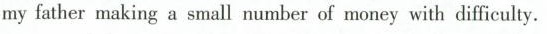
my father making a small mumber of money with diffieulty.